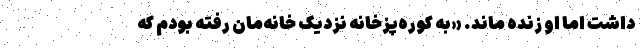
داشت اما او زنده ماند. «به کوره‌پزخانه نزدیک خانه‌مان رفته بودم که